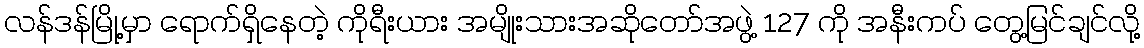
လန်ဒန်မြို့မှာ ရောက်ရှိနေတဲ့ ကိုရီးယား အမျိုးသားအဆိုတော်အဖွဲ့ 127 ကို အနီးကပ် တွေ့မြင်ချင်လို့